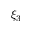
\xi _ { 3 }